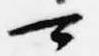
可